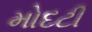
મોદટી